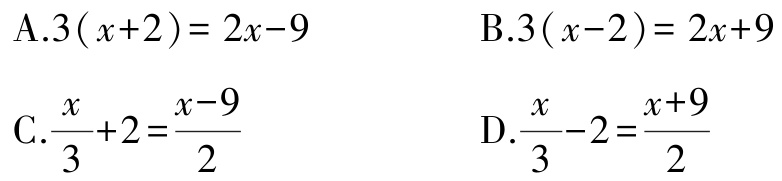
A.$3(x + 2)=2x - 9$

B.$3(x - 2)=2x + 9$

C.$\frac{x}{3}+2=\frac{x - 9}{2}$

D.$\frac{x}{3}-2=\frac{x + 9}{2}$